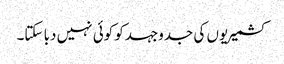
کشمیریوں کی جدوجہدکو کوئی نہیں دبا سکتا۔